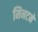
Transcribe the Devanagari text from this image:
मिनटमें